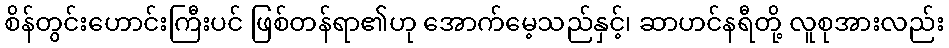
စိန်တွင်းဟောင်းကြီးပင် ဖြစ်တန်ရာ၏ဟု အောက်မေ့သည်နှင့်၊ ဆာဟင်နရီတို့ လူစုအားလည်း